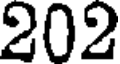
202